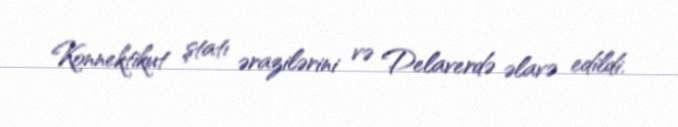
Konnektikut ştatı ərazilərini və Delaverdə əlavə edildi.